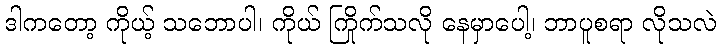
ဒါကတော့ ကိုယ့် သဘောပါ၊ ကိုယ် ကြိုက်သလို နေမှာပေါ့၊ ဘာပူစရာ လိုသလဲ